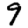
Digit: 9